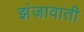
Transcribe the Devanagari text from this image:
झंजावाती